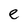
Character: e